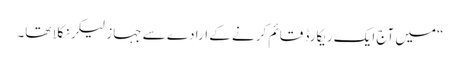
“میں آج ایک ریکارڈ قائم کرنے کے ارادے سے جہاز لیکر نکلا تھا۔